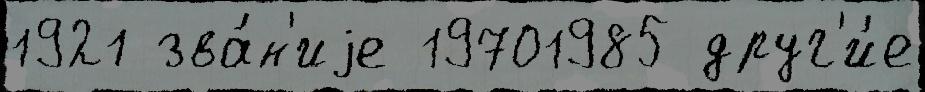
1921 зва́н'иjе 19701985 друг'и́е